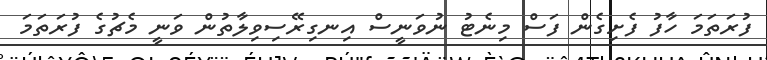
ފުރަތަމަ ހާފު ފެށިގެން ފަސް މިނެޓު ނުވަނީސް އިނގިރޭސިވިލާތުން ވަނީ މެޗުގެ ފުރަތަމަ